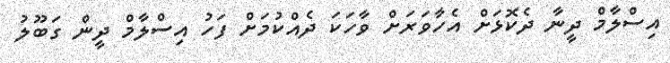
އިސްލާމް ދީނާ ދެކޮޅަށް އެހާވަރަށް ވާހަކަ ދެއްކުމަށް ފަހު އިސްލާމް ދީން ގަބޫލު